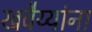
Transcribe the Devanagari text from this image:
खवैय्यांना